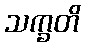
သက္ခတိ